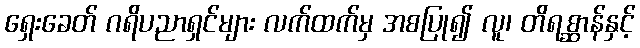
ရှေးခေတ် ဂရိပညာရှင်များ လက်ထက်မှ အစပြု၍ လူ၊ တိရစ္ဆာန်နှင့်